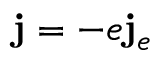
{ \bf j } = - e { \bf j } _ { e }